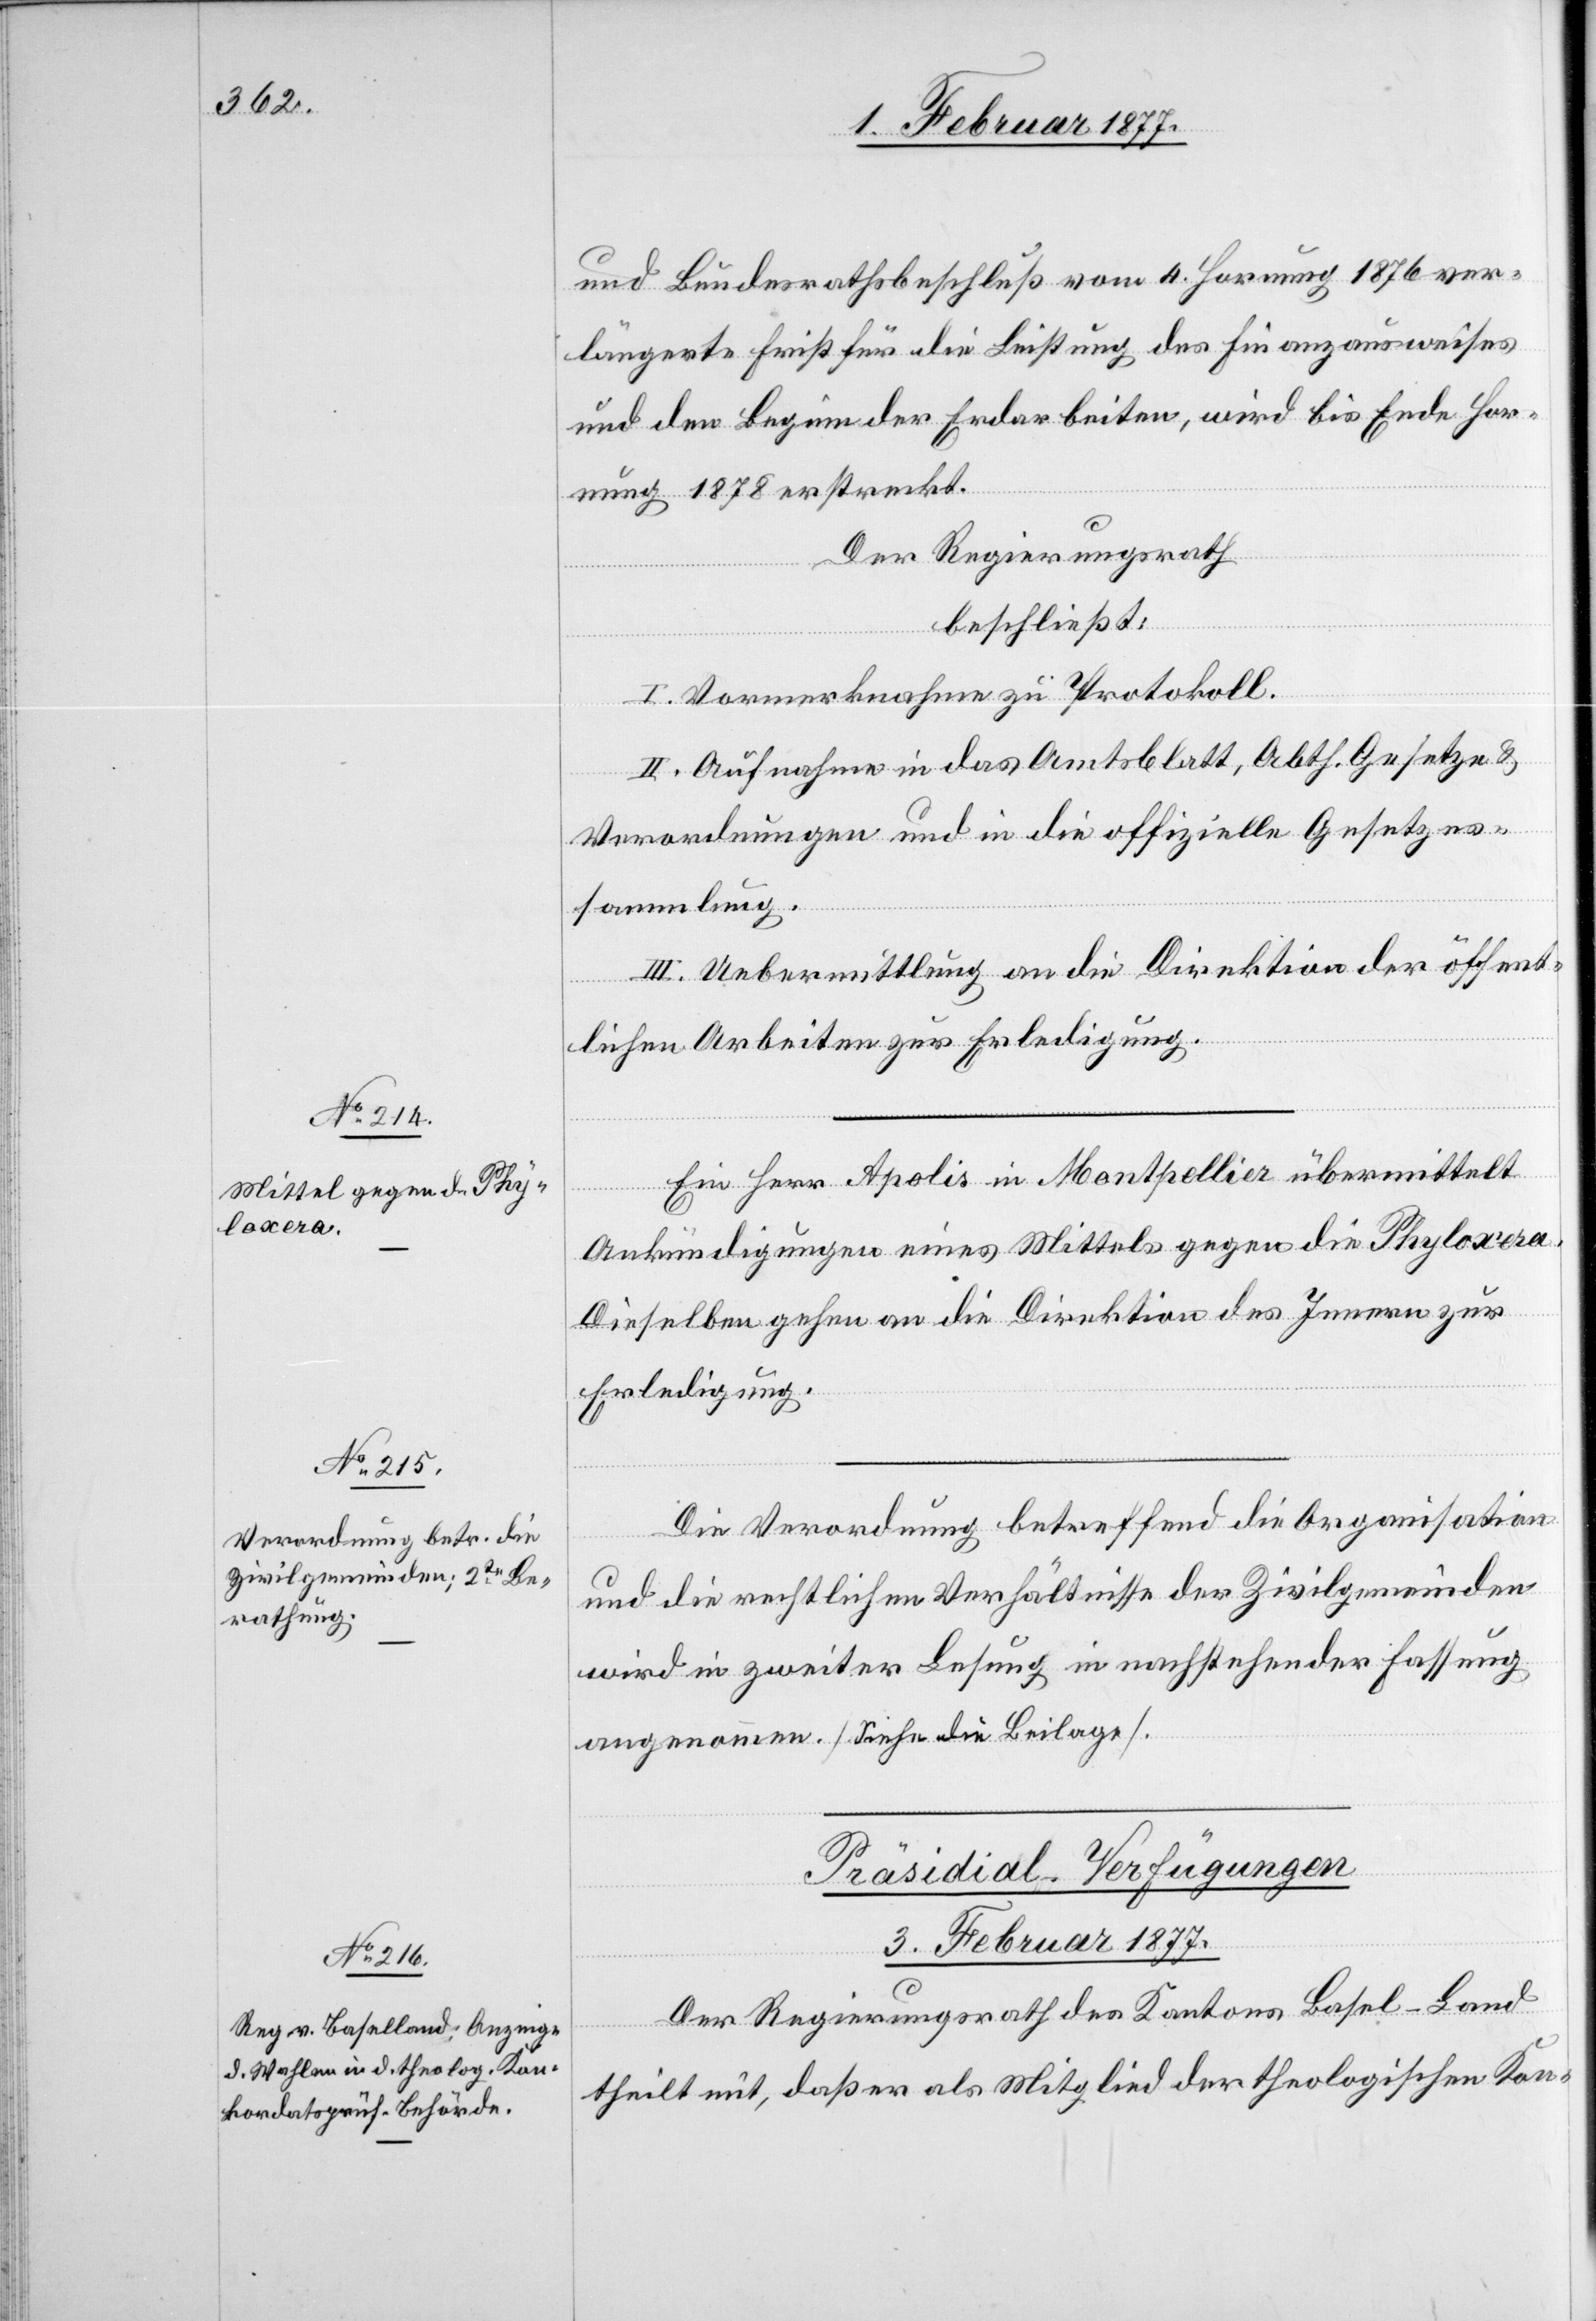
und Bundesrathsbeschluß vom 4. Hornung 1876 ver¬
längerte Frist für die Leistung des Finanzausweises
und den Beginn der Erdarbeiten, wird bis Ende Hor¬
nung 1878 erstreckt.
Der Regierungsrath
beschließt:
I. Vormerknahme zu Protokoll.
II. Aufnahme in das Amtsblatt, Abth. Gesetze &
Verordnungen und in die offizielle Gesetzes¬
sammlung.
III. Uebermittlung an die Direktion der öffent¬
lichen Arbeiten zur Erledigung.
Ein Herr Apolis in Montpellier übermittelt
Ankündigungen eines Mittels gegen die Phyloxera.
Dieselben gehen an die Direktion des Innern zur
Erledigung.
Die Verordnung betreffend die Organisation
und die rechtlichen Verhältnisse der Zivilgemeinden
wird in zweiter Lesung in nachstehender Fassung
angenommen. [Siehe die Beilage].
Präsidial-Verfügungen
3. Februar 1877.
Der Regierungsrath des Kantons Basel-Land
theilt mit, daß er als Mitglied der theologischen Kon-